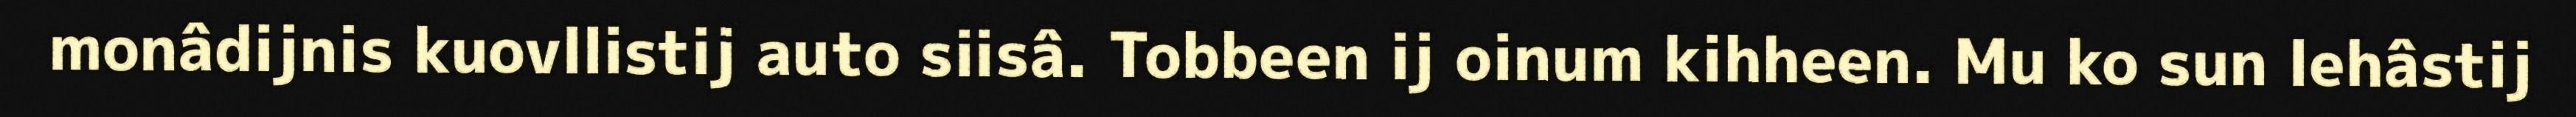
monâdijnis kuovllistij auto siisâ. Tobbeen ij oinum kihheen. Mu ko sun lehâstij